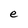
Character: e